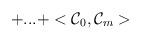
LaTeX: \begin{align*}+...+<{\cal C}_0,{\cal C}_m>\end{align*}